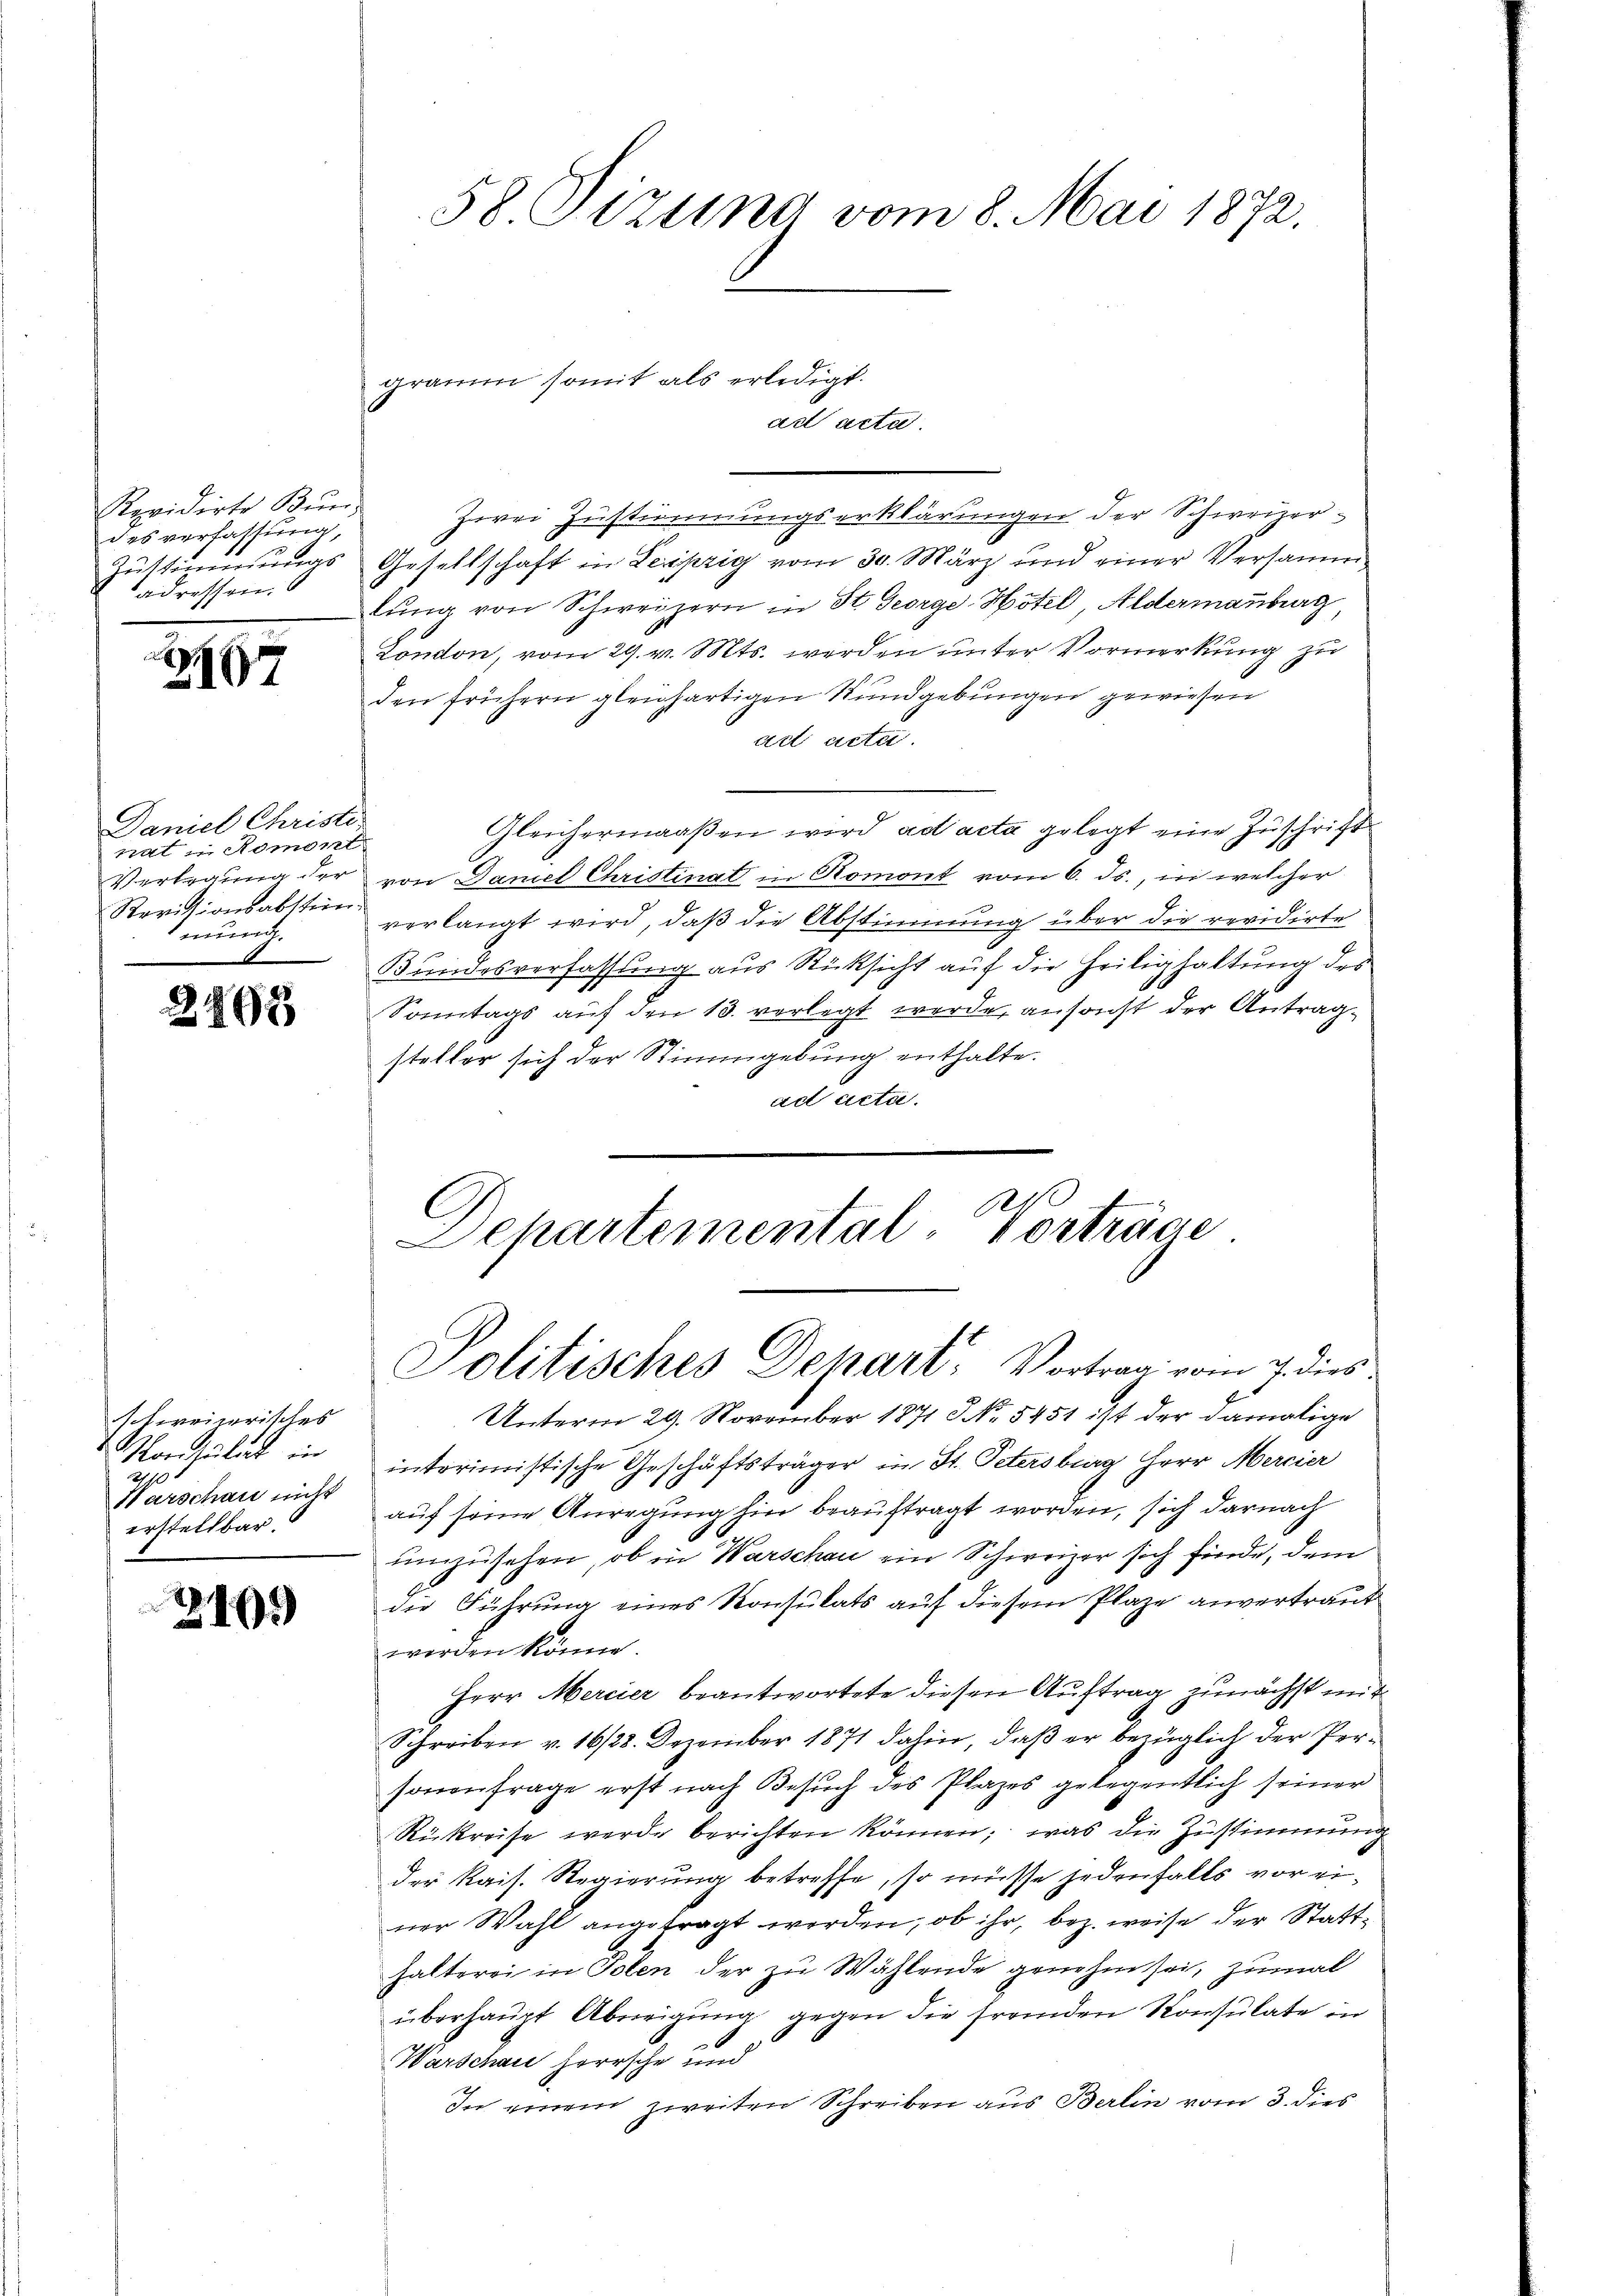
Revidirte Bŭn
des verfassung,
Zŭstimmungs
adressen.

867

Daniel Christer
rat in Romont
Revisionsabstein
mung.

2863

schweizerisches
Moriculat in
270
Warschau nicht
erstellbar.

19.

58 Tizung vom 8. Mai 1872.

gramm somit als erledigt.
ad acta.

Zwei Zustimmungserklärungen der Schweizer¬
Gesellschaft in Leipzig vom 30. März und einer Versammlŭng von Schweizern in St. George-Hotel, Aldermanburg
London, vom 29. v. Mts. werden unter Vormerkung zu
den frühern gleichartigen Rundgebungen gewiesen
ad acta.
Gleichermaaßen wird ad acta gelegt eine Zuschrift
Verlegung der von Damel Christinat in Romont vom 6. Js., in welcher
verlangt wird, daß die Abstimmung über die revidirte
Bundesverfassung aus Rücksicht auf die Heilighaltung des
Sonntags auf den 13. verlegt werde, ansonst der Antragsteller sich der Stimmgebung enthalte.
ad acta.
.
C

Schartemental-Vorträge
Politisches Dehart. Vortrag vom 7. dies

Unterm 29. November 1871 3. No. 5451 ist der damalige
intorimistische Geschäftsträger in St. Petersburg Herr Mercier
auf seine Anregung hin beauftragt worden, sich darnach
umzusehen, ob in Warschau ein Schweizer sich finde, dem
die Führung eines Konsulats auf diesem Plaze anvertraut
worden könne.
Herr Mercier beantwortete diesen Auftrag zunächst mit
Schreiben v. 16/28. Dezember 1871 dahin, daß er bezüglich der Personenfrage erst nach Besuch des Plazes gelegentlich seiner
Rückreise werde berichten können; was die Zustimmung
der Kais. Regierung betreffe, so müsse jedenfalls vor einer Wahl angefragt werden, ob ihr, bez. weise der Statthalterei in Polen der zu Wählende genehm sei, zumal
überhaupt Übereigung gegen die fremden Konsulate in
Warschau herrsche und
In einem zweiten Schreiben aus Berlin vom 3. dies